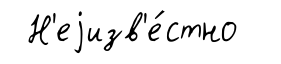
Н'еjизв'е́стно